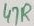
Text: 47R